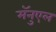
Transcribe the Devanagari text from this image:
मॅनुएल